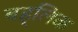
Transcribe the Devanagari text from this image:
बह्लिक